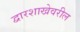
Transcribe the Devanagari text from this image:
द्वारशाखेवरील